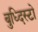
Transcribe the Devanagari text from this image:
बुध्दिस्टो